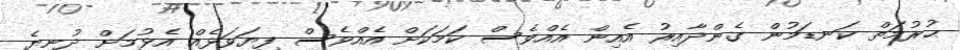
ޙުރުމަތް ކަނޑަމުން ގެންދާއިރު އެއިން އެއްވެސް ކަމަކަށް އެއްވެސް ފިޔަވަޅެއް އެޅުމަށް ދުނިޔެ